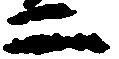
二